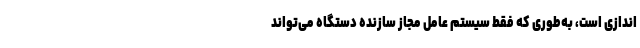
اندازی است، به‌طوری که فقط سیستم عامل مجاز سازنده دستگاه می‌تواند